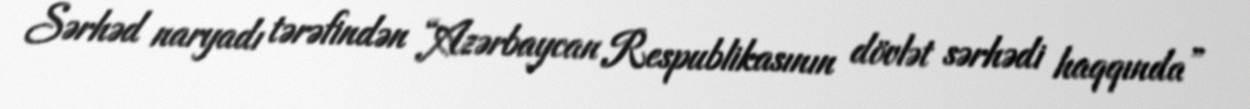
Sərhəd naryadı tərəfindən “Azərbaycan Respublikasının dövlət sərhədi haqqında”